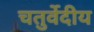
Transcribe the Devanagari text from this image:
चतुर्वेदीय